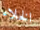
الخلاء